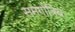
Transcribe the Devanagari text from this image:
समगोत्रिय